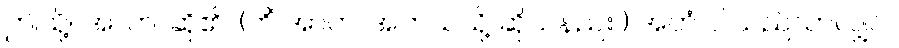
ဤသို့။ အာဟ၊ ဆို၏။ (ကိံ အာဟ၊ အဘယ်သို့ ဆိုသနည်း။) အဟံ၊ ငါသည်သာလျှင်။